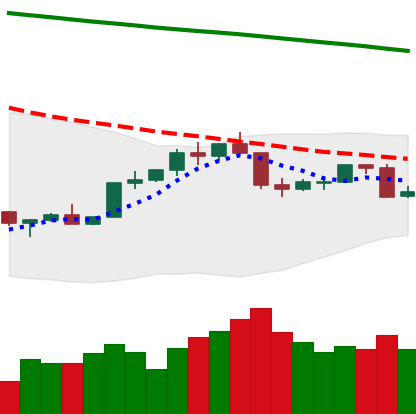
Ticker: TRX-USD
Chart end date: 2022-02-18
Forward return: -3.454%
Label: down_3_5